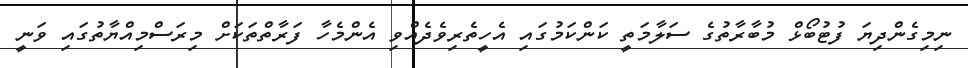
ނިމިގެންދިޔަ ފުޓުބޯޅް މުބާރާތުގެ ސަލާމަތީ ކަންކަމުގައި އެހީތެރިވެދެއްވި އެންމެހާ ފަރާތްތަކަށް މިރަސްމިއްޔާތުގައި ވަނީ